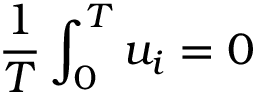
{ \frac { 1 } { T } } \int _ { 0 } ^ { T } u _ { i } = 0